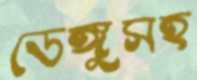
ডেঙ্গুসহ